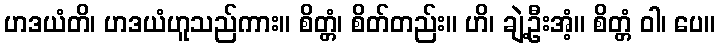
ဟဒယံတိ၊ ဟဒယံဟူသည်ကား။ စိတ္တံ၊ စိတ်တည်း။ ဟိ၊ ချဲ့ဦးအံ့။ စိတ္တံ ဝါ၊ ပေ။